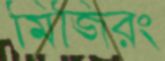
মিজিরং